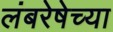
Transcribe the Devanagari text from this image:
लंबरेषेच्या